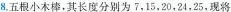
8.五根小木棒，其长度分别为7，15，20，24，25，现将